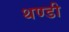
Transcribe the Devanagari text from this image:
थण्डी